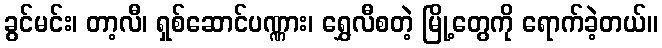
ခွင်မင်း၊ တာ့လီ၊ ရှစ်ဆောင်ပဏ္ဏား၊ ရွှေလီစတဲ့ မြို့တွေကို ရောက်ခဲ့တယ်။